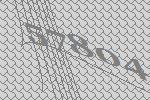
57804